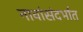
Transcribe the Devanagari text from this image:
नावांसंदर्भात